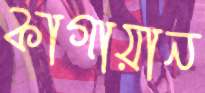
কাগায়ান